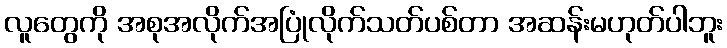
လူတွေကို အစုအလိုက်အပြုံလိုက်သတ်ပစ်တာ အဆန်းမဟုတ်ပါဘူး